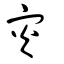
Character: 灾